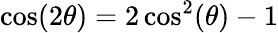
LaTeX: \cos(2\theta)=2\cos^{2}(\theta)-1